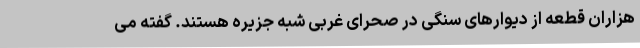
هزاران قطعه از دیوارهای سنگی در صحرای غربی شبه جزیره هستند. گفته می